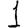
Digit: 1